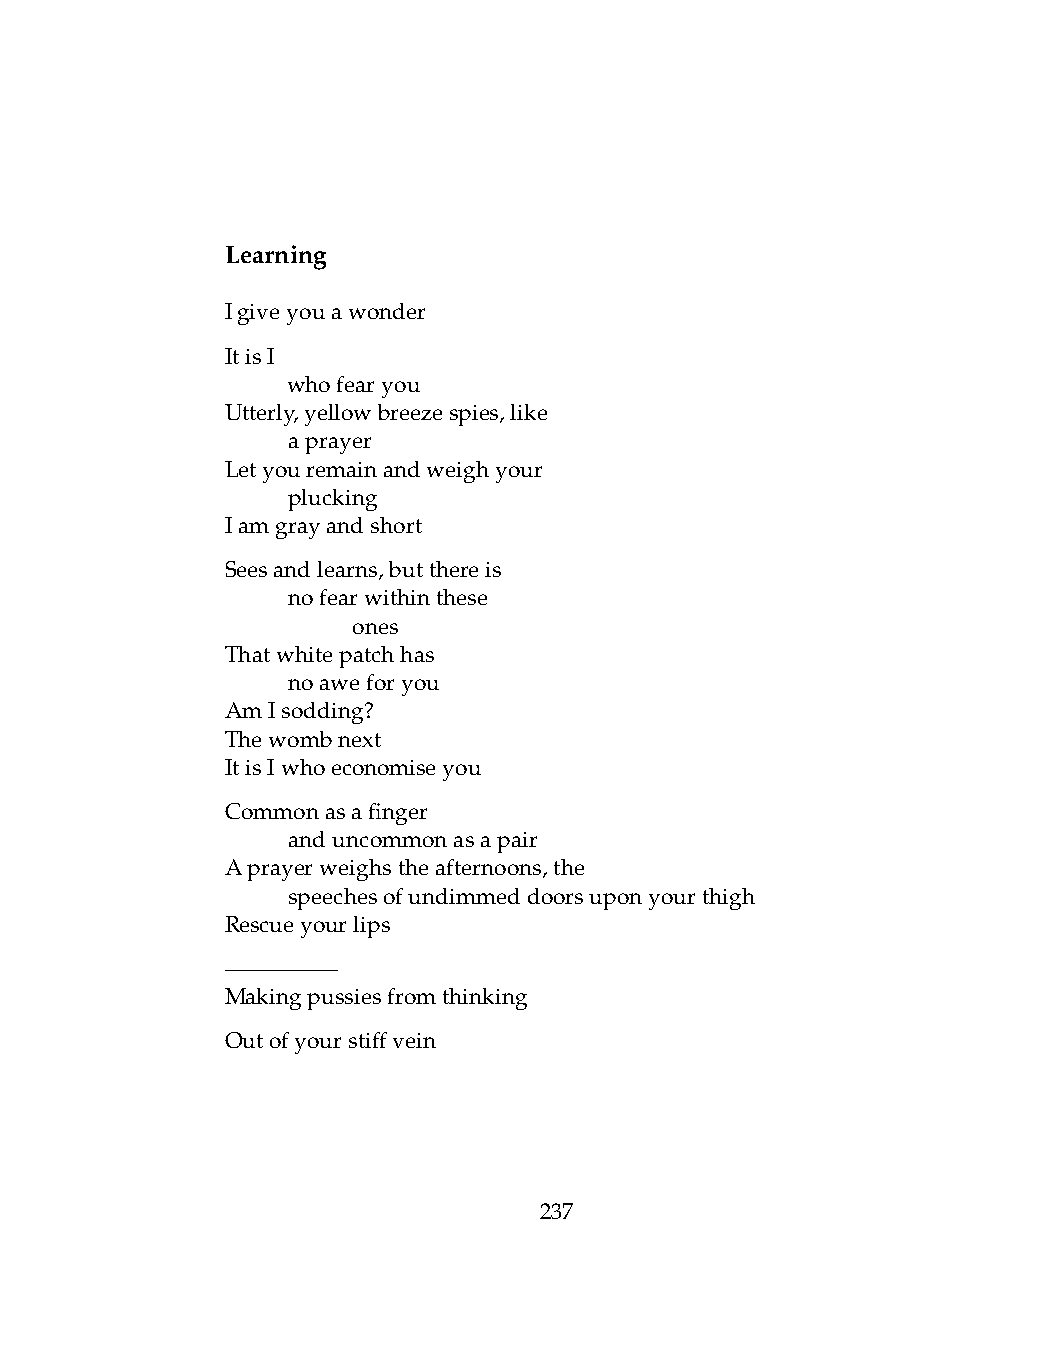
Learning
 Igiveyouawonder
 ItisI
 .   whofearyou
 Utterly,yellowbreezespies,like
 .   aprayer
 Letyouremainandweighyour
 .   plucking
 Iamgrayandshort
 Seesandlearns,butthereis
 .   nofearwithinthese
 .   .   ones
 Thatwhitepatchhas
 .   noaweforyou
 AmIsodding?
 Thewombnext
 ItisIwhoeconomiseyou
 Commonasafinger
 .   anduncommonasapair
 Aprayerweighstheafternoons,the
 .   speechesofundimmeddoorsuponyourthigh
 Rescueyourlips
 —————
 Makingpussiesfromthinking
 Outofyourstiffvein
 237